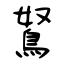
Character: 鴑